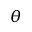
\theta